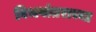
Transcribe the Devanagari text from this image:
विभवांतराच्या